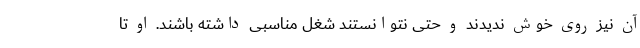
آن نیز روی خوش ندیدند و حتی نتوانستند شغل مناسبی داشته باشند. او تا